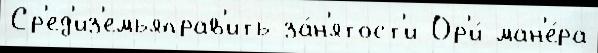
Ср'ед'из'емьяправ'ить за́н'ятост'и Ор'и́ ман'е́ра